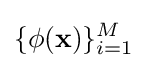
\{\phi (\mathbf {x} )\}_{i=1}^{M}